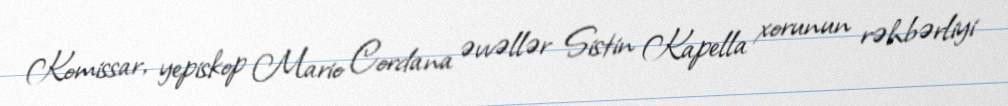
Komissar, yepiskop Mario Cordana əvvəllər Sistin Kapella xorunun rəhbərliyi